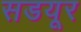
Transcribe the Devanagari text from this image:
सडयूर